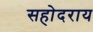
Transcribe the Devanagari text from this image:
सहोदराय